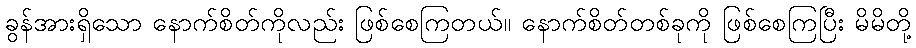
ခွန်အားရှိသော နောက်စိတ်ကိုလည်း ဖြစ်စေကြတယ်။ နောက်စိတ်တစ်ခုကို ဖြစ်စေကြပြီး မိမိတို့